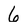
Character: 6